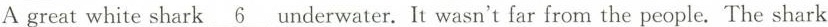
Agreat white shark \underline{6}underwater. It wasn't far from the people.The shark